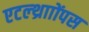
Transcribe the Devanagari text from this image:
एटल्थ्रााोंपस